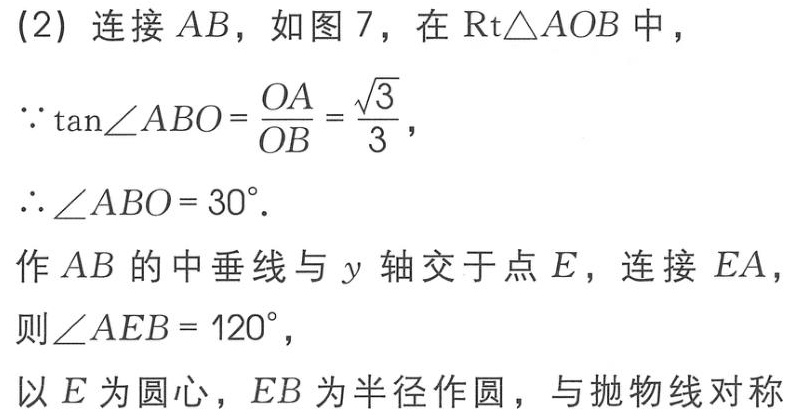
(2) 连接 \(AB\)，如图 7，在 \(\text{Rt}\triangle AOB\) 中，
\(\because \tan\angle ABO = \frac{OA}{OB}=\frac{\sqrt{3}}{3}\)，
\(\therefore \angle ABO = 30^{\circ}\).
作 \(AB\) 的中垂线与 \(y\) 轴交于点 \(E\)，连接 \(EA\)，
则 \(\angle AEB = 120^{\circ}\)，
以 \(E\) 为圆心，\(EB\) 为半径作圆，与抛物线对称